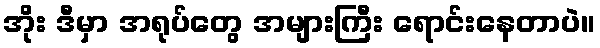
အိုး ဒီမှာ အရုပ်တွေ အများကြီး ရောင်းနေတာပဲ။